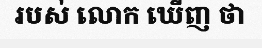
របស់ លោក ឃើញ ថា